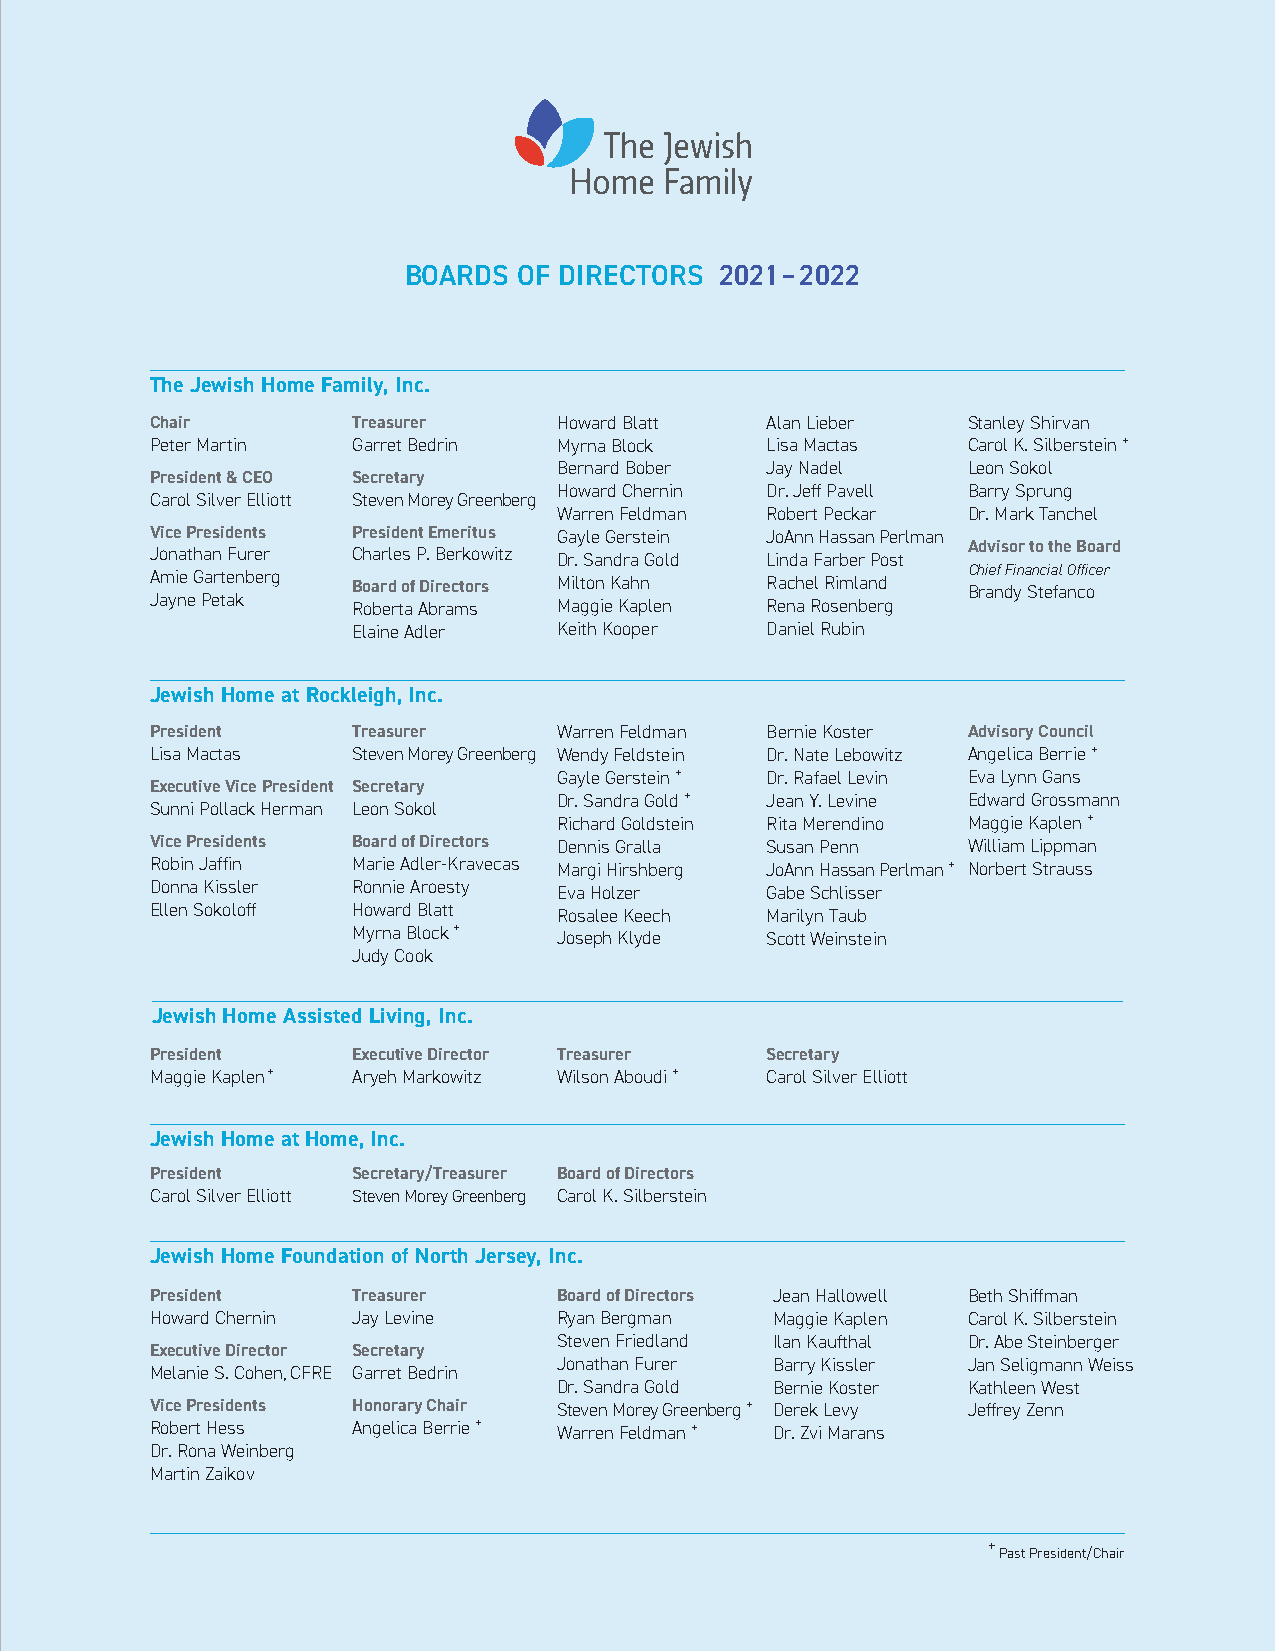
BOARDS OF DIRECTORS  2021–2022
 The Jewish Home Family, Inc.
 Chair        Treasurer     Howard Blatt  Alan Lieber  Stanley Shirvan
 Peter Martin Garret Bedrin Myrna Block   Lisa Mactas  Carol K. Silberstein +
 Bernard Bober Jay Nadel    Leon Sokol
 President & CEO Secretary
 Howard Chernin Dr. Jeff Pavell Barry Sprung
 Carol Silver Elliott Steven Morey Greenberg
 Warren Feldman Robert Peckar Dr. Mark Tanchel
 Vice Presidents President Emeritus Gayle Gerstein JoAnn Hassan Perlman
 Advisor to the Board
 Jonathan Furer Charles P. Berkowitz Dr. Sandra Gold Linda Farber Post
 Amie Gartenberg Board of Directors Milton Kahn Rachel Rimland C Bh ri ae nf F di yn a Sn tc eia fal O nf cfi ocer
 Jayne Petak  Roberta Abrams Maggie Kaplen Rena Rosenberg
 Elaine Adler  Keith Kooper  Daniel Rubin
 Jewish Home at Rockleigh, Inc.
 President    Treasurer     Warren Feldman Bernie Koster Advisory Council
 Lisa Mactas  Steven Morey Greenberg Wendy Feldstein Dr. Nate Lebowitz Angelica Berrie +
 Gayle Gerstein + Dr. Rafael Levin Eva Lynn Gans
 Executive Vice President Secretary
 Dr. Sandra Gold + Jean Y. Levine Edward Grossmann
 Sunni Pollack Herman Leon Sokol
 Richard Goldstein Rita Merendino Maggie Kaplen +
 Vice Presidents Board of Directors Dennis Gralla Susan Penn William Lippman
 Robin Jaffin Marie Adler-Kravecas Margi Hirshberg JoAnn Hassan Perlman + Norbert Strauss
 Donna Kissler Ronnie Aroesty Eva Holzer  Gabe Schlisser
 Ellen Sokoloff Howard Blatt Rosalee Keech Marilyn Taub
 Myrna Block + Joseph Klyde  Scott Weinstein
 Judy Cook
 Jewish Home Assisted Living, Inc.
 President    Executive Director Treasurer Secretary
 Maggie Kaplen + Aryeh Markowitz Wilson Aboudi + Carol Silver Elliott
 Jewish Home at Home, Inc.
 President    Secretary/Treasurer Board of Directors
 Carol Silver Elliott Steven Morey Greenberg Carol K. Silberstein
 Jewish Home Foundation of North Jersey, Inc.
 President    Treasurer     Board of Directors Jean Hallowell Beth Shiffman
 Howard Chernin Jay Levine  Ryan Bergman  Maggie Kaplen Carol K. Silberstein
 Steven Friedland Ilan Kaufthal Dr. Abe Steinberger
 Executive Director Secretary
 Jonathan Furer Barry Kissler Jan Seligmann Weiss
 Melanie S. Cohen, CFRE Garret Bedrin
 Dr. Sandra Gold Bernie Koster Kathleen West
 Vice Presidents Honorary Chair Steven Morey Greenberg + Derek Levy Jeffrey Zenn
 Robert Hess  Angelica Berrie + Warren Feldman + Dr. Zvi Marans
 Dr. Rona Weinberg
 Martin Zaikov
 +
 Past President/Chair